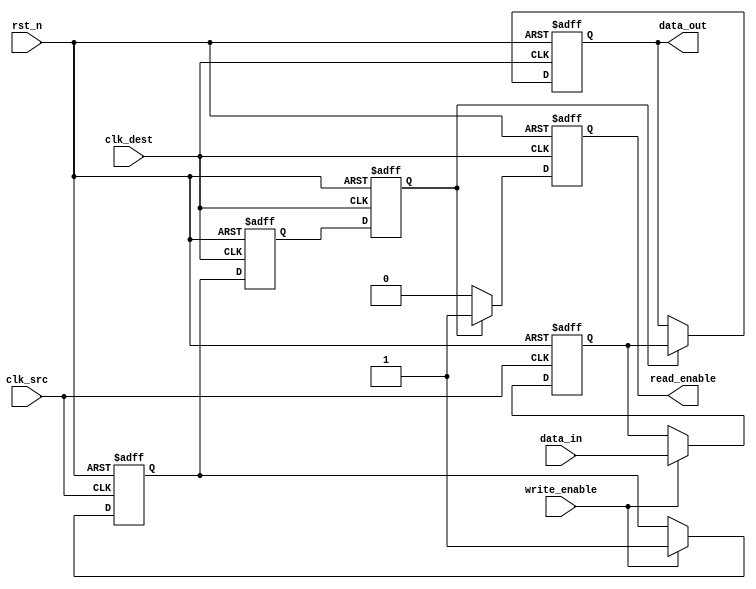
module MemoryBlocksHandshakeSynchronizer (
    input wire clk_src,           // Clock for source domain
    input wire clk_dest,          // Clock for destination domain
    input wire rst_n,             // Asynchronous active-low reset
    input wire [7:0] data_in,     // Data input from source clock domain
    input wire write_enable,       // Signal to indicate data is valid
    output reg [7:0] data_out,     // Synchronized data output
    output reg read_enable         // Signal to indicate data is ready to read
);

    // Internal signals
    reg [7:0] data_latch;         // Latch for incoming data
    reg data_ready;               // Signal to indicate new data is ready
    reg ack;                      // Acknowledgment signal

    // Synchronizing data_ready and ack to destination clock domain
    reg data_ready_sync1, data_ready_sync2;
    reg ack_sync1, ack_sync2;

    // Capture data and write_enable in source clock domain
    always @(posedge clk_src or negedge rst_n) begin
        if (!rst_n) begin
            data_latch <= 8'b0;
            data_ready <= 1'b0;
        end else if (write_enable) begin
            data_latch <= data_in;      // Latch data
            data_ready <= 1'b1;         // Indicate data is ready
        end
    end

    // Synchronize data_ready to destination clock domain
    always @(posedge clk_dest or negedge rst_n) begin
        if (!rst_n) begin
            data_ready_sync1 <= 1'b0;
            data_ready_sync2 <= 1'b0;
        end else begin
            data_ready_sync1 <= data_ready;
            data_ready_sync2 <= data_ready_sync1;
        end
    end

    // Read data in destination clock domain
    always @(posedge clk_dest or negedge rst_n) begin
        if (!rst_n) begin
            data_out <= 8'b0;
            read_enable <= 1'b0;
            ack <= 1'b0;
        end else if (data_ready_sync2) begin
            data_out <= data_latch;      // Transfer data to output
            read_enable <= 1'b1;         // Indicate data is ready to read
            ack <= 1'b1;                 // Assert acknowledgment
        end else begin
            read_enable <= 1'b0;         // Clear read enable
            ack <= 1'b0;                 // Clear acknowledgment
        end
    end

    // Synchronize ack back to source clock domain (optional)
    always @(posedge clk_src or negedge rst_n) begin
        if (!rst_n) begin
            ack_sync1 <= 1'b0;
            ack_sync2 <= 1'b0;
        end else begin
            ack_sync1 <= ack;
            ack_sync2 <= ack_sync1;
        end
    end

endmodule